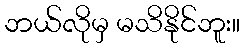
ဘယ်လိုမှ မသိနိုင်ဘူး။